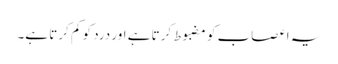
یہ اعصاب کو مضبوط کرتا ہے اور درد کو کم کرتا ہے۔